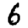
Digit: 6